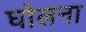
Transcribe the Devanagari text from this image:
घोलना